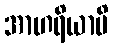
အာဟရိယာမိ